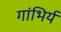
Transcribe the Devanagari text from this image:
गांभिर्य